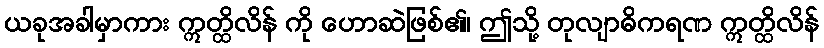
ယခုအခါမှာကား ဣတ္ထိလိန် ကို ဟောဆဲဖြစ်၏၊ ဤသို့ တုလျာဓိကရဏ ဣတ္ထိလိန်